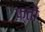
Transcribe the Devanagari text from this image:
फ्तों